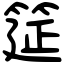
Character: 筵